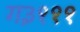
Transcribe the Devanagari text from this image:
ग३१११